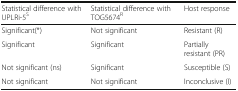
| Statistical difference with UPLRi-5S | Statistical difference with TOG5674R | Host response |
 | --- | --- | --- |
 | Significant(*) | Not significant | Resistant (R) |
 | Significant | Significant | Partially resistant (PR) |
 | Not significant (ns) | Significant | Susceptible (S) |
 | Not significant | Not significant | Inconclusive (I) |